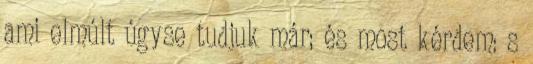
ami elmúlt úgyse tudjuk már; és most kérdem: s